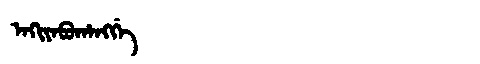
Manchu: ᠠᡴᡳᠶᠠᠪᡠᡥᠠᠩᡤᡝ
Romanization: AKIYABUHANGGE